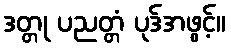
ဒတ္တု ပညတ္တံ ပုဒ်အဖွင့်။